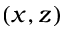
( x , z )